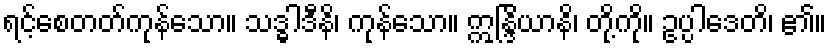
ရင့်စေတတ်ကုန်သော။ သဒ္ဓါဒီနိ၊ ကုန်သော။ ဣန္ဒြိယာနိ၊ တို့ကို။ ဥပ္ပါဒေတိ၊ ၏။